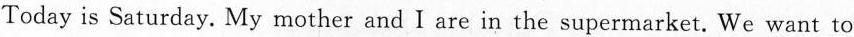
Today is Saturday. My mother and I are in the supermarket. We want to